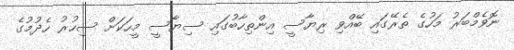
ނޮވެމްބަރު މަހުގެ ތެރޭގައި ބޭއްވި ރިޔާސީ އިންތިހާބުގައި ސިޔާސީ މީހަކަށް ސިހުރު ހެދުމުގެ